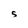
Character: S